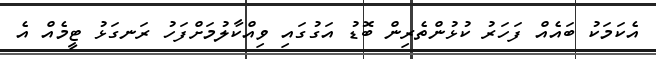
އެކަމަކު ބައެއް ފަހަރު ކުޅުންތެރިން ބޮޑު އަގުގައި ވިއްކާލުމަށްފަހު ރަނގަޅު ޓީމެއް އެ